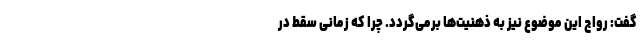
گفت: رواج این موضوع نیز به ذهنیت‌ها برمی‌گردد. چرا که زمانی سقط در